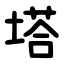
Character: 塔